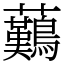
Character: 䕿